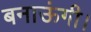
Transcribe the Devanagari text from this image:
बनाऊंगी।